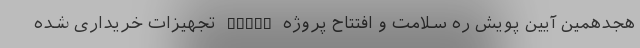
هجدهمین آیین پویش ره سلامت و افتتاح پروژه ICERP تجهیزات خریداری شده